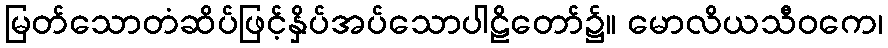
မြတ်သောတံဆိပ်ဖြင့်နှိပ်အပ်သောပါဠိတော်၌။ မောလိယသီဝကေ၊